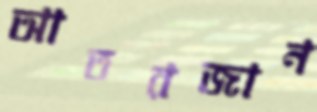
আতরজান